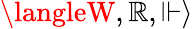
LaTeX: \langleW,\mathbb{R},\Vdash\rangle